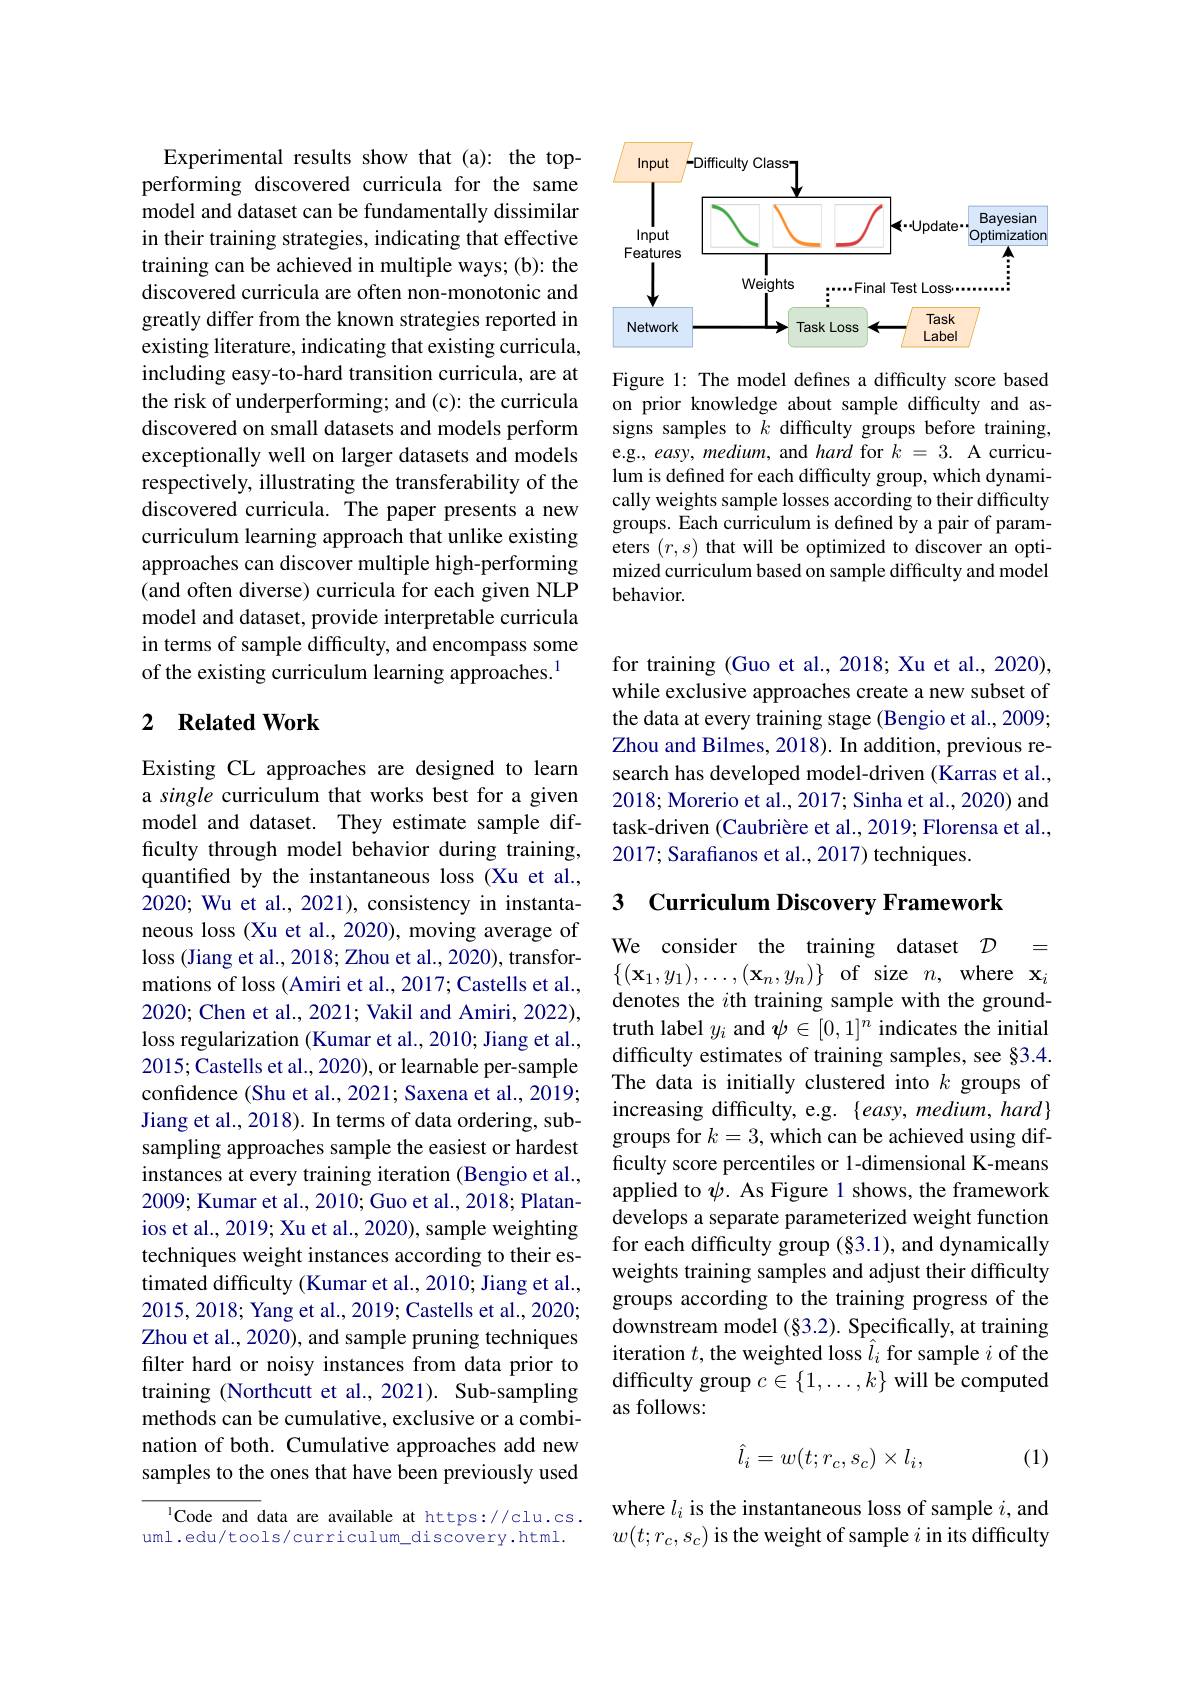
Experimental results show that (a): the topperforming discovered curricula for the same model and dataset can be fundamentally dissimilar in their training strategies, indicating that effective training can be achieved in multiple ways; (b): the discovered curricula are often non-monotonic and greatly differ from the known strategies reported in existing literature, indicating that existing curricula, including easy-to-hard transition curricula, are at the risk of underperforming; and (c): the curricula discovered on small datasets and models perform exceptionally well on larger datasets and models respectively, illustrating the transferability of the discovered curricula. The paper presents a new curriculum learning approach that unlike existing approaches can discover multiple high-performing (and often diverse) curricula for each given NLP model and dataset, provide interpretable curricula in terms of sample difficulty, and encompass some of the existing curriculum learning approaches.$^{1}$

### 2 $\textbf{Related Work}$

Existing CL approaches are designed to learn a single curriculum that works best for a given model and dataset. They estimate sample difficulty through model behavior during training, quantified by the instantaneous loss (Xu et al., 2020; Wu et al., 2021), consistency in instantaneous loss (Xu et al., 2020), moving average of loss (Jiang et al., 2018; Zhou et al., 2020), transformations of loss (Amiri et al., 2017; Castells et al., 2020; Chen et al., 2021; Vakil and Amiri, 2022), loss regularization (Kumar et al., 2010; Jiang et al., 2015;Castells et al., 2020), or learnable per-sample confidence (Shu et al., 2021; Saxena et al., 2019; Jiang et al., 2018). In terms of data ordering, subsampling approaches sample the easiest or hardest instances at every training iteration (Bengio et al., 2009; Kumar et al., 2010; Guo et al., 2018; Platanios et al., 2019; Xu et al., 2020), sample weighting techniques weight instances according to their estimated difficulty (Kumar et al., 2010; Jiang et al., 2015,2018; Yang et al., 2019; Castells et al., 2020; Zhou et al., 2020), and sample pruning techniques filter hard or noisy instances from data prior to training (Northcutt et al., 2021). Sub-sampling methods can be cumulative, exclusive or a combination of both. Cumulative approaches add new samples to the ones that have been previously used

lCode and data are available at https://clu.cs. uml.edu/tools/curriculum_discovery.html.

<FigureHere>

Figure 1: The model defines a difficulty score based on prior knowledge about sample difficulty and assigns samples to $\tilde{k}$ difficulty groups before training, e.g., easy, medium, and hard for $k=3.$ A curriculum is defined for each difficulty group, which dynamically weights sample losses according to their difficulty groups. Each curriculum is defined by a pair of parameters $(r,s)$ that will be optimized to discover an optimized curriculum based on sample difficulty and model behavior.

for training (Guo et al., 2018; Xu et al., 2020), while exclusive approaches create a new subset of the data at every training stage (Bengio et al., 2009; Zhou and Bilmes, 2018). In addition, previous research has developed model-driven (Karras et al., 2018; Morerio et al., 2017; Sinha et al., 2020) and task-driven (Caubrière et al., 2019; Florensa et al., 2017; Sarafianos et al., 2017) techniques.

3 Curriculum Discovery Framework

We consider the training dataset $\mathcal{D}=$ $\{(\mathbf{x}_{1},y_{1}),\ldots,(\mathbf{x}_{n},y_{n})\}$ of size $n$,where $\mathbf{x}_i$ denotes the $i$th training sample with the groundtruth label $y_i$ and $\psi\in[0,1]^n$ indicates the initial difficulty estimates of training samples, see §3.4. The data is initially clustered into $k$ groups of increasing difficulty, e.g. { ( easy, medium, hard}) groups for $k=3$, which can be achieved using difficulty score percentiles or 1-dimensional K-means applied to $\psi$. As Figure 1 shows, the framework develops a separate parameterized weight function for each difficulty group $(\S3.1)$, and dynamically weights training samples and adjust their difficulty groups according to the training progress of the downstream model $(\S3.2).$ Specifically, at training iteration $t$, the weighted loss $\hat{l}_i$ for sample $i$ of the difficulty group $c\in\{1,\ldots,k\}$ will be computed as follows:
$$\hat{l}_i=w(t;r_c,s_c)\times l_i,$$
(1)

where $l_i$ is the instantaneous loss of sample $i$,and $w(t;r_{c},s_{c})$ is the weight of sample $i$ in its difficulty